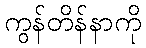
ကွန်တိန်နာကို